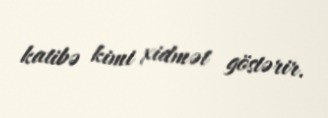
katibə kimi xidmət göstərir.